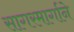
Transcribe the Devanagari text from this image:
सागरमार्गाने